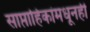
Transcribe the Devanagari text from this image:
साप्ताहिकांमधूनही